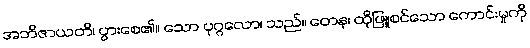
အဘိဇာယတိ၊ ပွားစေ၏။ သော ပုဂ္ဂလော၊ သည်။ တေန၊ ထိုဖြူစင်သော ကောင်းမှုကို